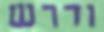
ודרש